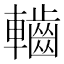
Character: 𮝱